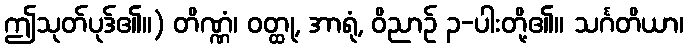
ဤသုတ်ပုဒ်၏။) တိဏ္ဏံ၊ ဝတ္ထု, အာရုံ, ဝိညာဉ် ၃-ပါးတို့၏။ သင်္ဂတိယာ၊